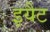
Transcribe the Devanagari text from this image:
इयैट